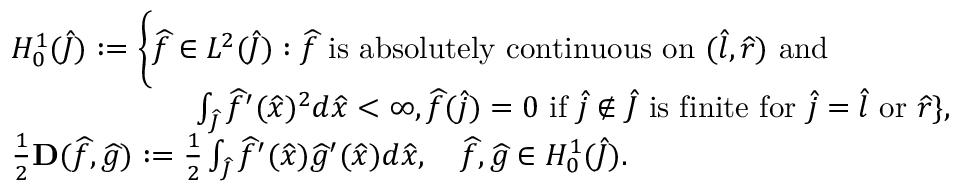
\begin{array} { r l } & { H _ { 0 } ^ { 1 } ( \widehat { J } ) : = \bigg \{ \widehat f \in L ^ { 2 } ( \widehat { J } ) : \widehat f \mathrm { ~ i s ~ a b s o l u t e l y ~ c o n t i n u o u s ~ o n ~ } ( \widehat { l } , \widehat { r } ) \mathrm { ~ a n d ~ } } \\ & { \qquad \qquad \qquad \int _ { \widehat { J } } \widehat f ^ { \prime } ( \widehat x ) ^ { 2 } d \widehat x < \infty , \widehat f ( \widehat j ) = 0 \mathrm { ~ i f ~ } \widehat j \notin \widehat { J } \mathrm { ~ i s ~ f i n i t e ~ f o r ~ } \widehat j = \widehat { l } \mathrm { ~ o r ~ } \widehat { r } \} , } \\ & { \frac { 1 } { 2 } \mathbf { D } ( \widehat f , \widehat g ) : = \frac { 1 } { 2 } \int _ { \widehat { J } } \widehat f ^ { \prime } ( \widehat x ) \widehat g ^ { \prime } ( \widehat x ) d \widehat x , \quad \widehat f , \widehat g \in H _ { 0 } ^ { 1 } ( \widehat { J } ) . } \end{array}